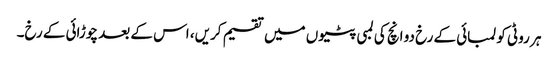
ہر روٹی کو لمبائی کے رخ دو انچ کی لمبی پٹیوں میں تقسیم کریں، اس کے بعد چوڑائی کے رخ۔